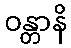
ဝန္တာနိ